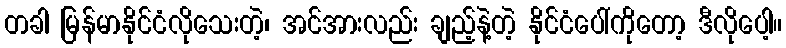
တခါ မြန်မာနိုင်ငံလိုသေးတဲ့၊ အင်အားလည်း ချည့်နဲ့တဲ့ နိုင်ငံပေါ်ကိုတော့ ဒီလိုပေါ့။